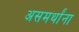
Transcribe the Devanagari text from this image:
असमर्थांना